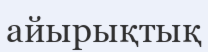
айырықтық